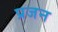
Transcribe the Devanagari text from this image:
प्रजन